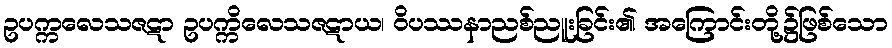
ဥပက္ကလေသဇဋာ ဥပက္ကိလေသဇဋာယ၊ ဝိပဿနာညစ်ညူးခြင်း၏ အကြောင်းတို့၌ဖြစ်သော